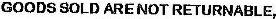
GOODS SOLD ARE NOT RETURNABLE,